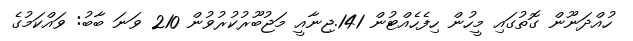
ހުއްދަނޫން ގޮތުގައި މީހުން ހިފެހެއްޓުން 141.ޖިނާއީ މަޖުބޫރުކުރުވުން 210 ވަނަ ބާބު: ވައްކަމުގެ